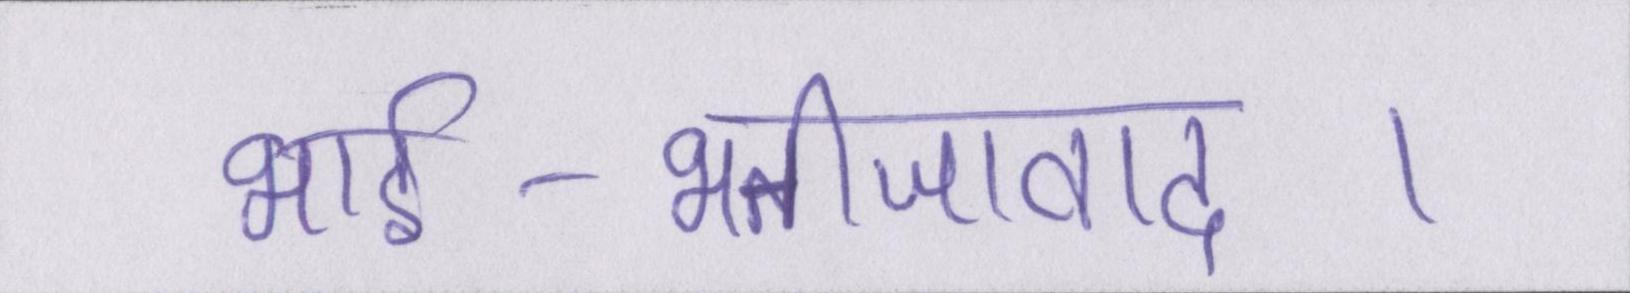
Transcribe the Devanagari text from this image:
भार्इ-भतीजावाद।